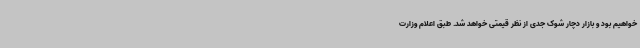
خواهیم بود و بازار دچار شوک جدی از نظر قیمتی خواهد شد. طبق اعلام وزارت